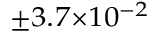
^ { \pm 3 . 7 \times 1 0 ^ { - 2 } }